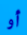
أو